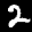
Label: 2